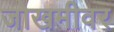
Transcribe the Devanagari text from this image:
जोखमीवर